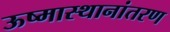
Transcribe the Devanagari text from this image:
ऊष्मास्थानांतरण